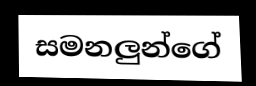
සමනලුන්ගේ